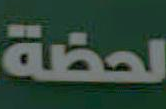
لحضة